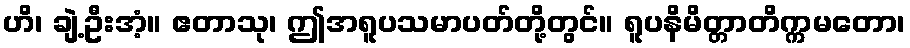
ဟိ၊ ချဲ့ဦးအံ့။ ဧတာသု၊ ဤအရူပသမာပတ်တို့တွင်။ ရူပနိမိတ္တာတိက္ကမတော၊